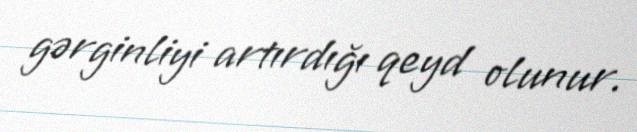
gərginliyi artırdığı qeyd olunur.